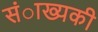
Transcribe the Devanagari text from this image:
संाख्यकी